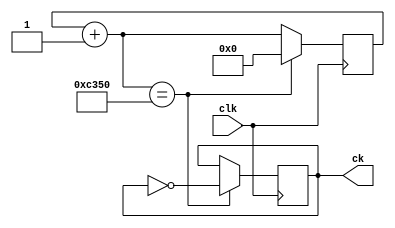
`timescale 1ns / 1ps
//////////////////////////////////////////////////////////////////////////////////
// Company: 
// Engineer: 
// 
// Design Name: 
// Module Name: pause
// Project Name: 
// Target Devices: 
// Tool Versions: 
// Description: 
// 
// Dependencies: 
// 
// Revision:
// Revision 0.01 - File Created
// Additional Comments:
// 
//////////////////////////////////////////////////////////////////////////////////

module divider(clk, ck);
    input clk;          // 
    output reg ck;      // ??
    parameter dely  = 50000; // 
    reg [31:0] cnt;
    initial begin
    cnt=0;
    ck=0;
    end
    always @(posedge clk) begin
      cnt=cnt+1;
     if(cnt==dely) begin
        ck=~ck;
        cnt=0;
      end
    end
endmodule
//3-8?
module decoder3_8(num, sel);  
       input [2: 0] num;            // 0~7
       output reg  [7:0] sel;       // 7????
       always @(num) begin
          case(num)
              0:  sel[7:0] = 8'b01111111;//?1???
              1:  sel[7:0] = 8'b10111111;//?2???
              2:  sel[7:0] = 8'b11011111;//?3???
              3:  sel[7:0] = 8'b11101111;//?4???
              4:  sel[7:0] = 8'b11110111;//?5???
              5:  sel[7:0] = 8'b11111011;//?6???
              6:  sel[7:0] = 8'b11111101;//?7???
              7:  sel[7:0] = 8'b11111110;//?8???
              default: sel[7:0] = 8'b11111111;
         endcase
     end
endmodule

module pattern(SW, SG);
       input [3:0] SW;       // 16?4
       output reg [7:0] SG;       // 7??
       always @(SW[3:0])
         case(SW[3:0])
            0 : SG[7:0]=8'b11000000;//0
            1 : SG[7:0]=8'b11111001;
			3 : SG[7:0]=8'b10110000;
      2 : SG[7:0]=8'b10100100;
			4 : SG[7:0]=8'b10011001;
            5 : SG[7:0]=8'b10010010; 
			6 : SG[7:0]=8'b10000010;
			7 : SG[7:0]=8'b11111000;
			8 : SG[7:0]=8'b10000000;
			9 : SG[7:0]=8'b10010000;
            10 : SG[7:0]=8'b10001000;//A
            11 : SG[7:0]=8'b10000011;//B
            12 : SG[7:0]=8'b11000110;//C
            13 : SG[7:0]=8'b10100001;
            14 : SG[7:0]=8'b10000110;
            15 : SG[7:0]=8'b10001110;                                         
            default:SG[7:0]=8'b11111111;
         endcase
endmodule 

//display?
module Display(reset,clk,data,seg, AN);//?
       input reset,clk;
       input [31:0] data;//?
       output [7:0] seg;
       output [7:0] AN;     
	   reg [3:0] data32_4;     //HELLO4
       reg [2:0] num;     //0~7    
       wire ck;          // ??     
	   initial  begin
           num=0;
           data32_4=0;//   
           end
       divider u_divider(clk, ck);// 
       always @(posedge ck) 
	    begin//? 
        num=num+1; 
        if(num==8)
           num=0;	    
		 if(!reset) 
		  begin
			case(num)
			   7 : data32_4=data[3:0];
			   6 : data32_4=data[7:4];
			   5 : data32_4=data[11:8];
			   4 : data32_4=data[15:12];
			   3 : data32_4=data[19:16];
			   2 : data32_4=data[23:20];
			   1 : data32_4=data[27:24];
			   0 : data32_4=data[31:28];
               default : data32_4=0;
            endcase 
		  end
		 else 
		  begin
			case(num)
			   0 : data32_4=0;
			   1 : data32_4=0;
			   2 : data32_4=0;
			   3 : data32_4=0;
			   4 : data32_4=0;
			   5 : data32_4=0;
			   6 : data32_4=0;
			   7 : data32_4=0;
               default : data32_4=0;
            endcase
		  end
        end  
        decoder3_8 u_decoder3_8(num,AN);//?
        pattern u_pattern(data32_4,seg);                     
endmodule

module pause(clk,sys_clk,syscall,r1,reset,r2,en,display,Go,AN,seg);
        input clk;
        input sys_clk;
        input syscall,reset,Go;
        input [31:0]r1;
        input [31:0]r2;
        reg[31:0] data;
        output en;
        output display;
        output [7:0]AN;
        output [7:0]seg;
        wire s1;
        assign s1=(r1==34)?1:0;
        assign en=(~((~Go)&syscall&(~s1)));
        assign display = s1 & syscall;
        Display u_Display(reset,sys_clk,data,seg, AN);
        always @(posedge clk)begin
              if(s1&syscall) data=r2;
        end
        

endmodule